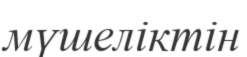
мүшеліктін